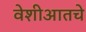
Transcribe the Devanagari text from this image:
वेशीआतचे